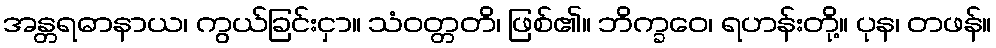
အန္တရဓာနာယ၊ ကွယ်ခြင်းငှာ။ သံဝတ္တတိ၊ ဖြစ်၏။ ဘိက္ခဝေ၊ ရဟန်းတို့။ ပုန၊ တဖန်။